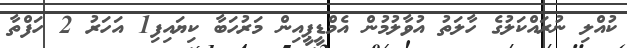
ކުއްލި ނުރައްކަލުގެ ހާލަތު އުވާލުމުން އެމްޑީޕީއިން މަރުހަބާ ކިޔައިފި1 އަހަރު 2 ހަފްތާ